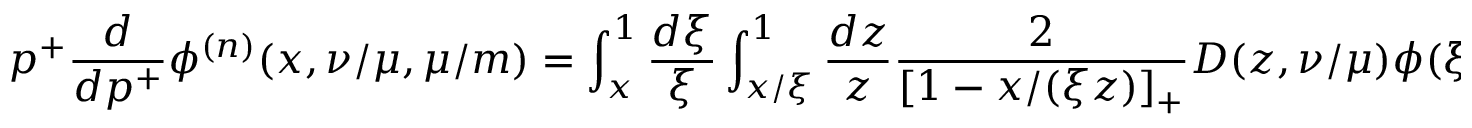
p ^ { + } \frac { d } { d p ^ { + } } \phi ^ { ( n ) } ( x , \nu / \mu , \mu / m ) = \int _ { x } ^ { 1 } \frac { d \xi } { \xi } \int _ { x / \xi } ^ { 1 } \frac { d z } { z } \frac { 2 } { [ 1 - x / ( \xi z ) ] _ { + } } D ( z , \nu / \mu ) \phi ( \xi , \mu / m ) \; .